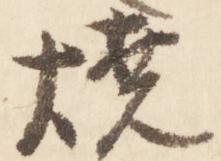
焼